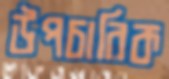
উপচারিক